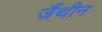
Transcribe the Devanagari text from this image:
जैंथीन